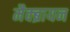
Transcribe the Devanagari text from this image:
मैक्ब्रायन